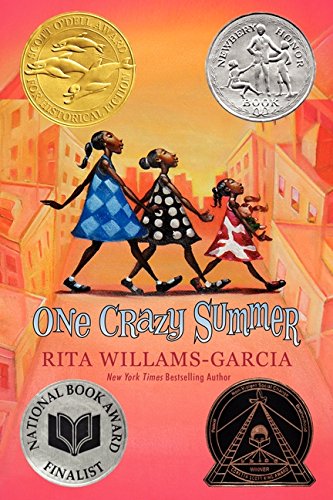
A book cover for One Crazy Summer; Rita Williams-Garcia; Children's Books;